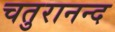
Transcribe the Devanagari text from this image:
चतुरानन्द